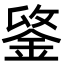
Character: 𨧋